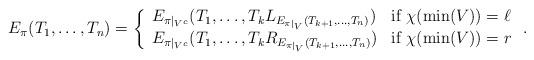
LaTeX: \begin{align*}E_\pi(T_1, \ldots, T_n) = \left\{\begin{array}{ll}E_{\pi|_{V^c}}(T_1, \ldots, T_k L_{E_{\pi|_V}(T_{k+1},\ldots, T_n)}) & \mbox{if } \chi(\min(V)) = \ell \\E_{\pi|_{V^c}}(T_1, \ldots, T_k R_{E_{\pi|_V}(T_{k+1},\ldots, T_n)}) & \mbox{if } \chi(\min(V)) = r\end{array} \right..\end{align*}